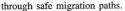
through safe migration paths.